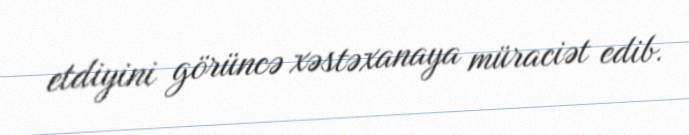
etdiyini görüncə xəstəxanaya müraciət edib.